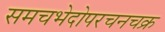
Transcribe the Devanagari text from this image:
समचभेदोपरचनचक्र